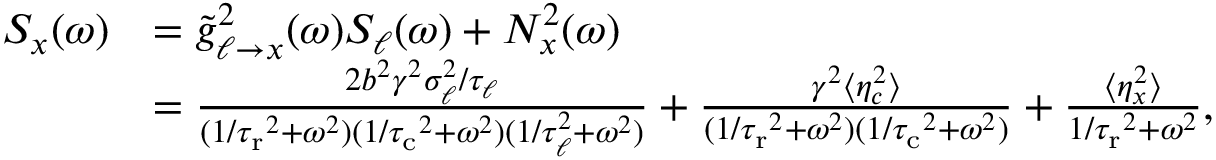
\begin{array} { r l } { S _ { x } ( \omega ) } & { = \tilde { g } _ { \ell \to x } ^ { 2 } ( \omega ) S _ { \ell } ( \omega ) + N _ { x } ^ { 2 } ( \omega ) } \\ & { = \frac { 2 b ^ { 2 } \gamma ^ { 2 } \sigma _ { \ell } ^ { 2 } / \tau _ { \ell } } { ( 1 / { \tau _ { \mathrm { r } } } ^ { 2 } + \omega ^ { 2 } ) ( 1 / { \tau _ { \mathrm { c } } } ^ { 2 } + \omega ^ { 2 } ) ( 1 / \tau _ { \ell } ^ { 2 } + \omega ^ { 2 } ) } + \frac { \gamma ^ { 2 } \langle \eta _ { c } ^ { 2 } \rangle } { ( 1 / { \tau _ { \mathrm { r } } } ^ { 2 } + \omega ^ { 2 } ) ( 1 / { \tau _ { \mathrm { c } } } ^ { 2 } + \omega ^ { 2 } ) } + \frac { \langle \eta _ { x } ^ { 2 } \rangle } { 1 / { \tau _ { \mathrm { r } } } ^ { 2 } + \omega ^ { 2 } } , } \end{array}